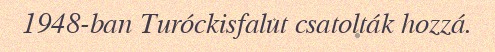
1948-ban Turóckisfalut csatolták hozzá.